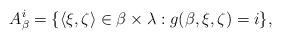
LaTeX: \begin{align*}A^i_{\beta}=\{\langle \xi,\zeta \rangle \in {\beta}\times {\lambda}: g({\beta},\xi,\zeta)=i\},\end{align*}